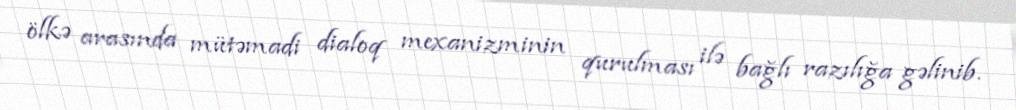
ölkə arasında mütəmadi dialoq mexanizminin qurulması ilə bağlı razılığa gəlinib.